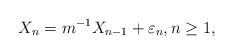
LaTeX: \begin{align*}X_n=m^{-1}X_{n-1}+\varepsilon_n,n\geq 1,\end{align*}